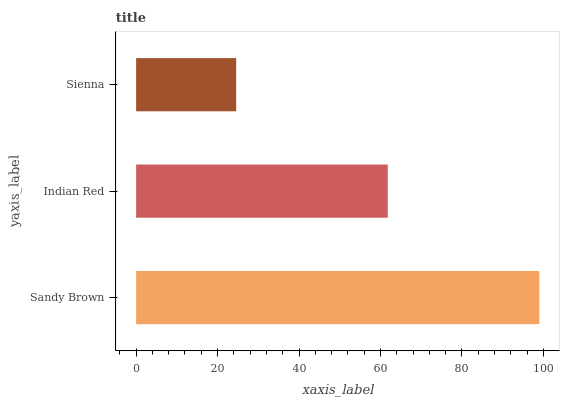
| yaxis_label | bars |
 | --- | --- |
 | Sandy Brown | 99 |
 | Indian Red | 61.8 |
 | Sienna | 24.6 |